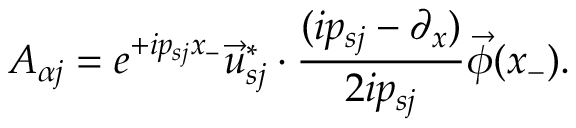
A _ { \alpha j } = e ^ { + i p _ { s j } x _ { - } } \vec { u } _ { s j } ^ { * } \cdot \frac { ( i p _ { s j } - \partial _ { x } ) } { 2 i p _ { s j } } \vec { \phi } ( x _ { - } ) .